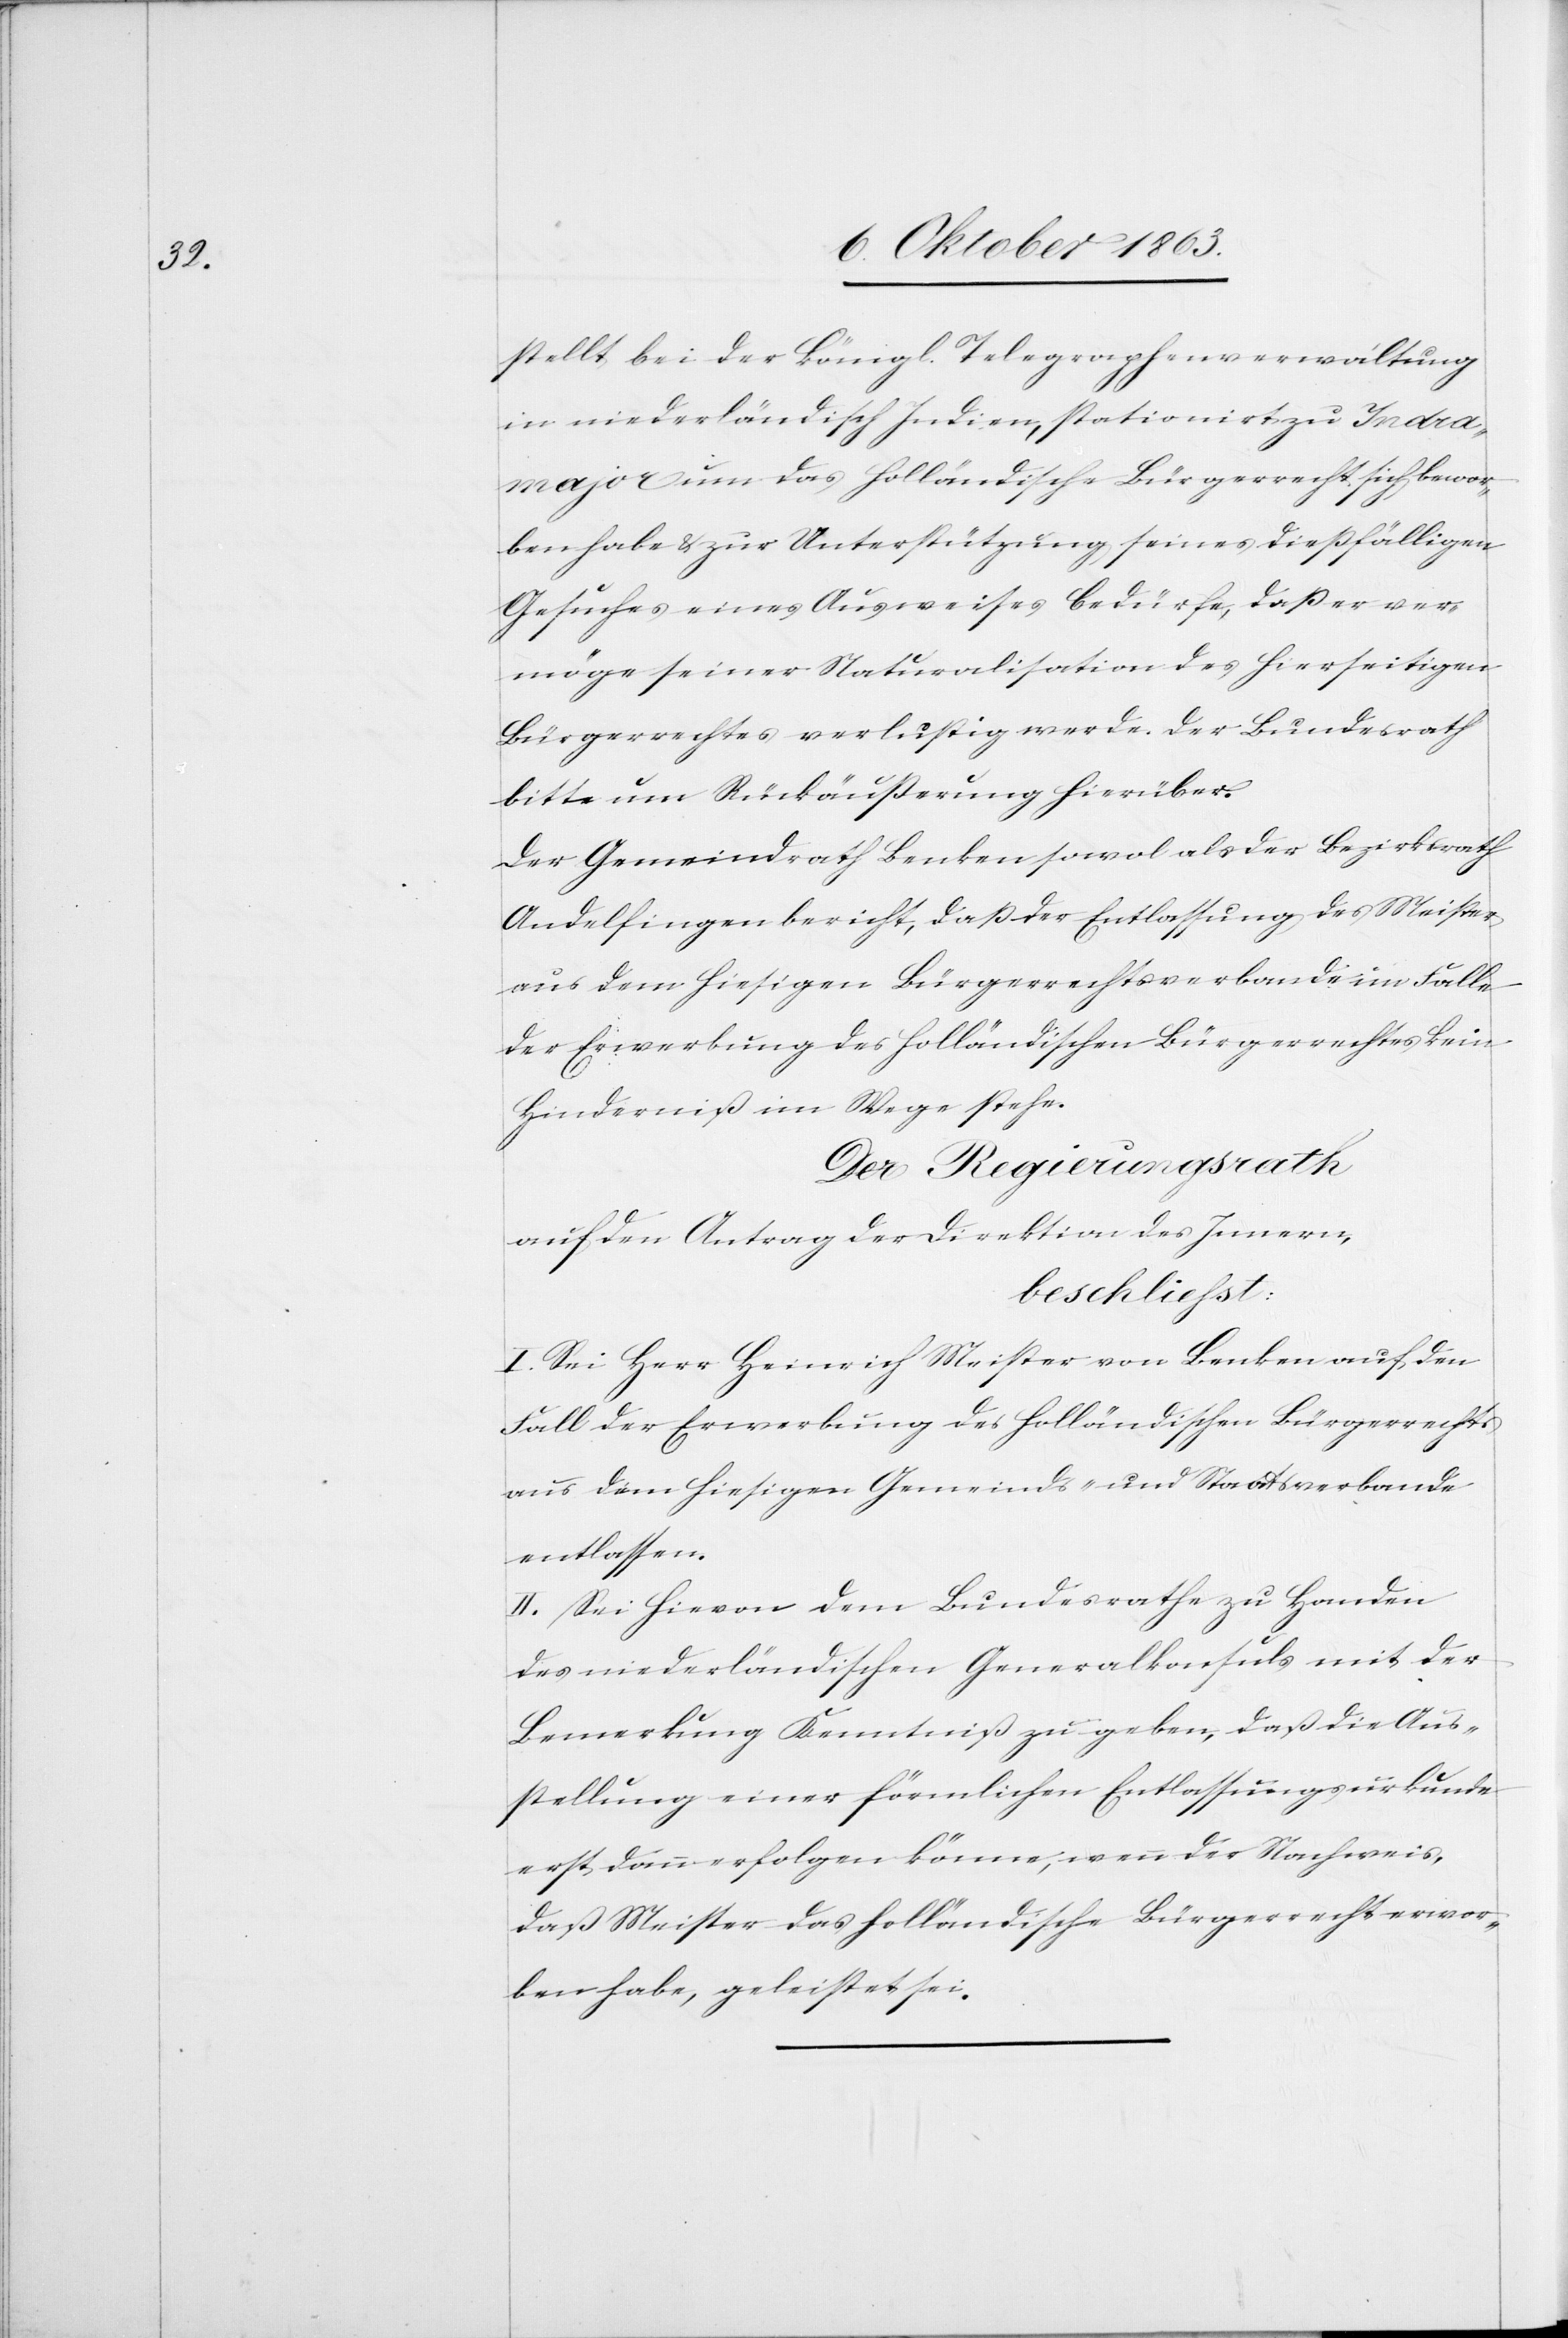
stellt bei der königl. Telegraphenverwaltung
in niederländisch Indien, stationirt zu Indra¬
major um das holländische Bürgerrecht sich bewor¬
ben habe & zur Unterstützung seines dießfälligen
Gesuches eines Ausweises bedürfe, daß er ver¬
möge seiner Naturalisation des hierseitigen
Bürgerrechtes verlustig werde. Der Bundesrath
bitte um Rückäußerung hierüber.
Der Gemeindrath Benken sowol als der Bezirksrath
Andelfingen bericht[en], daß der Entlassung des Meister
aus dem hiesigen Bürgerrechtsverbande im Falle
der Erwerbung des holländischen Bürgerrechtes kein
Hinderniß im Wege stehe.
Der Regierungsrath
auf den Antrag der Direktion des Innern,
beschliesst:
I. Sei Herr Heinrich Meister von Benken auf den
Fall der Erwerbung des holländischen Bürgerrechts
aus dem hiesigen Gemeinds- und Staatsverbande
entlassen.
II. Sei hievon dem Bundesrathe zu Handen
des niederländischen Generalkonsuls mit der
Bemerkung Kenntniß zu geben, daß die Aus¬
stellung einer förmlichen Entlassungsurkunde
erst dann erfolgen könne, wenn der Nachweis,
daß Meister das holländische Bürgerrecht erwor¬
ben habe, geleistet sei.